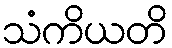
သံကိယတိ